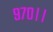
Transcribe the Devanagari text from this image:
९७०।।